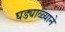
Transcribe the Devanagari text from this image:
घड्याळ्याने